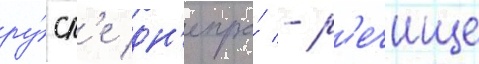
ру́сл'е дн'епра́ - р'ечище